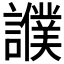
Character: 𧭎